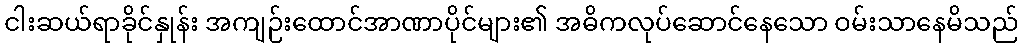
ငါးဆယ်ရာခိုင်နှုန်း အကျဉ်းထောင်အာဏာပိုင်များ၏ အဓိကလုပ်ဆောင်နေသော ဝမ်းသာနေမိသည်